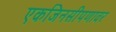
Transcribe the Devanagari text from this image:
एकजिनसीपणावर